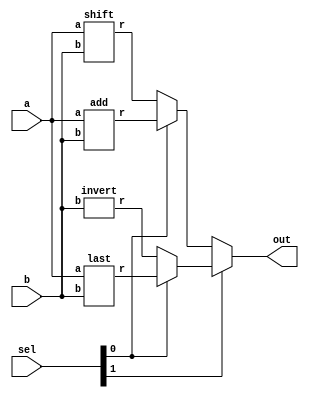
module alu(
	input [7:0]a, 
	input [7:0]b,
	input [1:0]sel,
	output [7:0] out);
		wire [7:0]shiftwire,addwire,invertwire,lastwire;
		shift  shift(a,b,shiftwire);
		add add(a,b,addwire);
		invert invert(b,invertwire);
		last last (a,b,lastwire);
		assign out=sel[1]?(sel[0]?   lastwire: invertwire   ):(sel[0]? addwire  :  shiftwire );
	
endmodule

module shift(input [7:0]a,input[7:0]b,output [7:0]r);
	assign r=(a<<<2) + (b>>>2);
endmodule

module add(input [7:0]a,input[7:0]b,output [7:0]r);
	assign r=b*2 +a;
endmodule

module invert(input[7:0]b,output [7:0]r);
	assign r=b*(-1);
endmodule	

module last(input [7:0]a,input[7:0]b,output [7:0]r);
	wire x;
	wire [7:0]y;
	assign y=(3*a) -b;
	assign x=y[7];
	assign r= (x==1)? (-1)*y:y;
endmodule